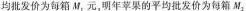
均批发价为每箱M，元，明年苹果的平均批发价为每箱M_{2|